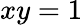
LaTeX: xy=1